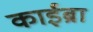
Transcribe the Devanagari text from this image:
काईब्रा